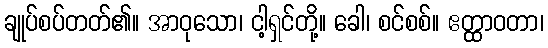
ချုပ်စပ်တတ်၏။ အာဝုသော၊ ငါ့ရှင်တို့။ ခေါ၊ စင်စစ်။ ဧတ္ထာဝတာ၊